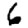
Digit: 6